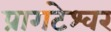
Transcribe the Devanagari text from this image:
प्रागटेश्वर